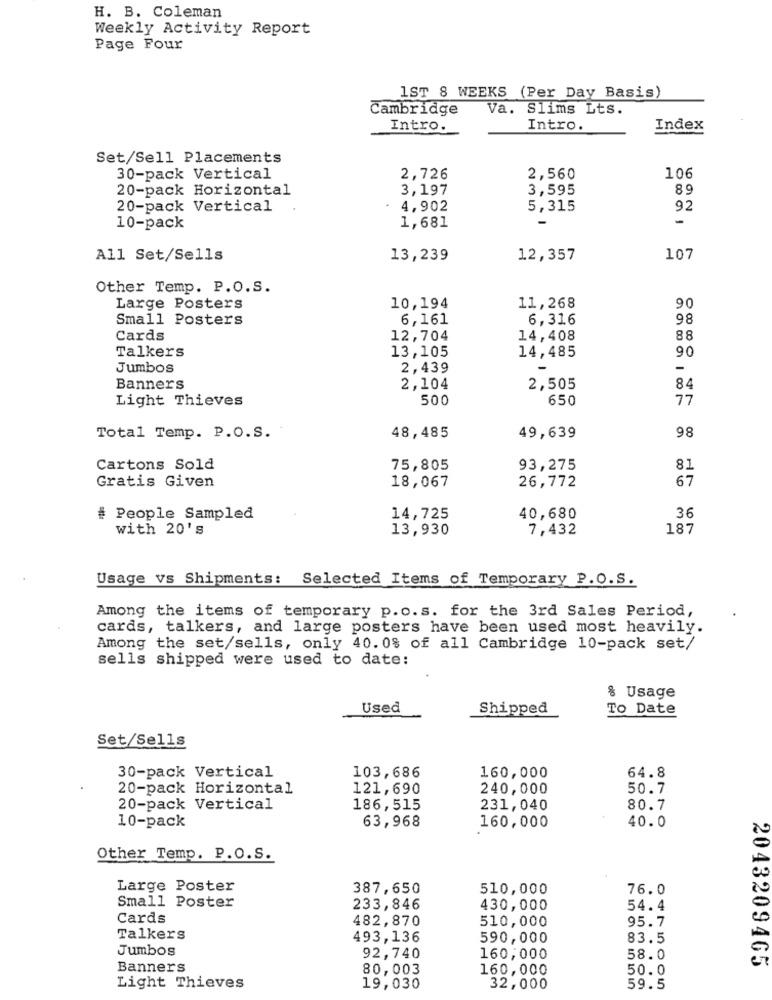
H. B. Coleman
Weekly Activity Report
Page Four
1ST 8 WEEKS (Per Day Basis)
Cambridge
Va. Slims Lts.
Intro.
Intro.
Index
Set/Sell Placements
30-pack Vertical
2,726
2,560
106
20-pack Horizontal
3,197
3,595
89
20-pack Vertical
4,902
5,315
92
-
10-pack
1,681
All Set/Sells
13,239
12,357
107
Other Temp. P.O.S.
90
Large Posters
10,194
11,268
Small Posters
6,161
6,316
98
Cards
12,704
14,408
88
Talkers
13,105
14,485
90
Jumbos
2,439
-
Banners
2,104
2,505
84
Light Thieves
500
650
77
98
Total Temp. P.O.S.
48,485
49,639
Cartons Sold
75,805
93,275
8.1
Gratis Given
18,067
26,772
67
# People Sampled
14,725
40,680
36
with 20's
13,930
7,432
187
Usage vs Shipments: Selected Items of Temporary P.O.S.
Among the items of temporary p.o.s. for the 3rd Sales Period,
cards, talkers, and large posters have been used most heavily.
Among the set/sells, only 40. 0% of all Cambridge 10-pack set/
sells shipped were used to date:
% Usage
Used
Shipped
To Date
Set/Sells
30-pack Vertical
103,686
160,000
64.8
20-pack Horizontal
121,690
240,000
50.7
20-pack Vertical
186,515
231,040
80.7
10-pack
63,968
160,000
40.0
Other Temp. P.O.S.
Large Poster
387,650
510,000
76.0
Small Poster
233,846
430,000
54.4
Cards
482,870
510,000
95.7
Talkers
493,136
590,000
83.5
Jumbos
92,740
160,000
58.0
2043209465
Banners
80,003
160,000
50.0
Light Thieves
19,030
32,000
59.5